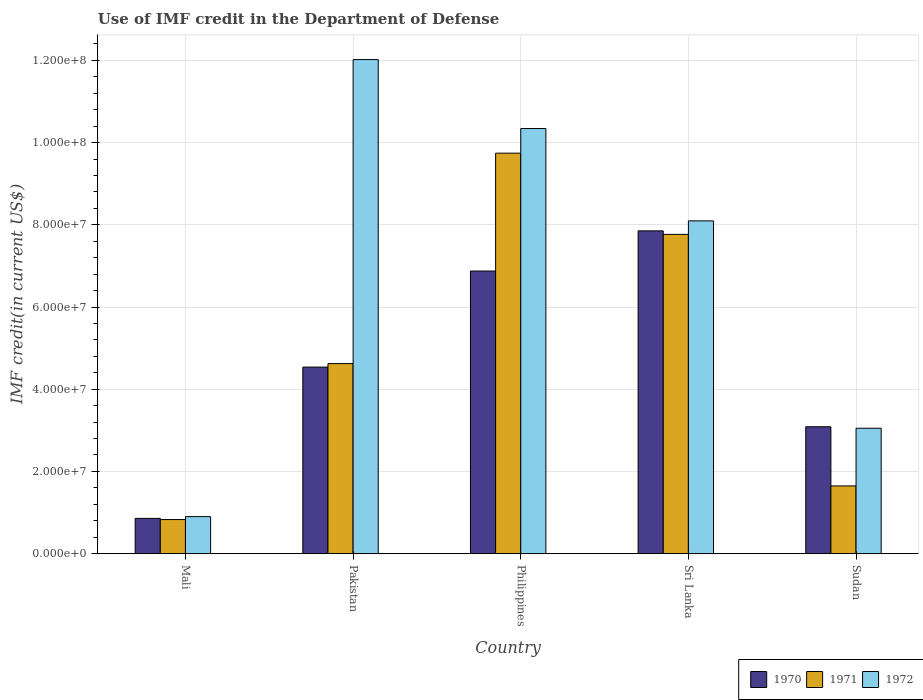
| Country | 1970 | 1971 | 1972 |
 | --- | --- | --- | --- |
 | Mali | 8.58e+06 | 8.3e+06 | 9.01e+06 |
 | Pakistan | 4.54e+07 | 4.62e+07 | 1.2e+08 |
 | Philippines | 6.88e+07 | 9.74e+07 | 1.03e+08 |
 | Sri Lanka | 7.85e+07 | 7.77e+07 | 8.1e+07 |
 | Sudan | 3.09e+07 | 1.65e+07 | 3.05e+07 |